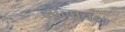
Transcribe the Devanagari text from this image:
मौलाबक्ष